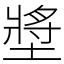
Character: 墏